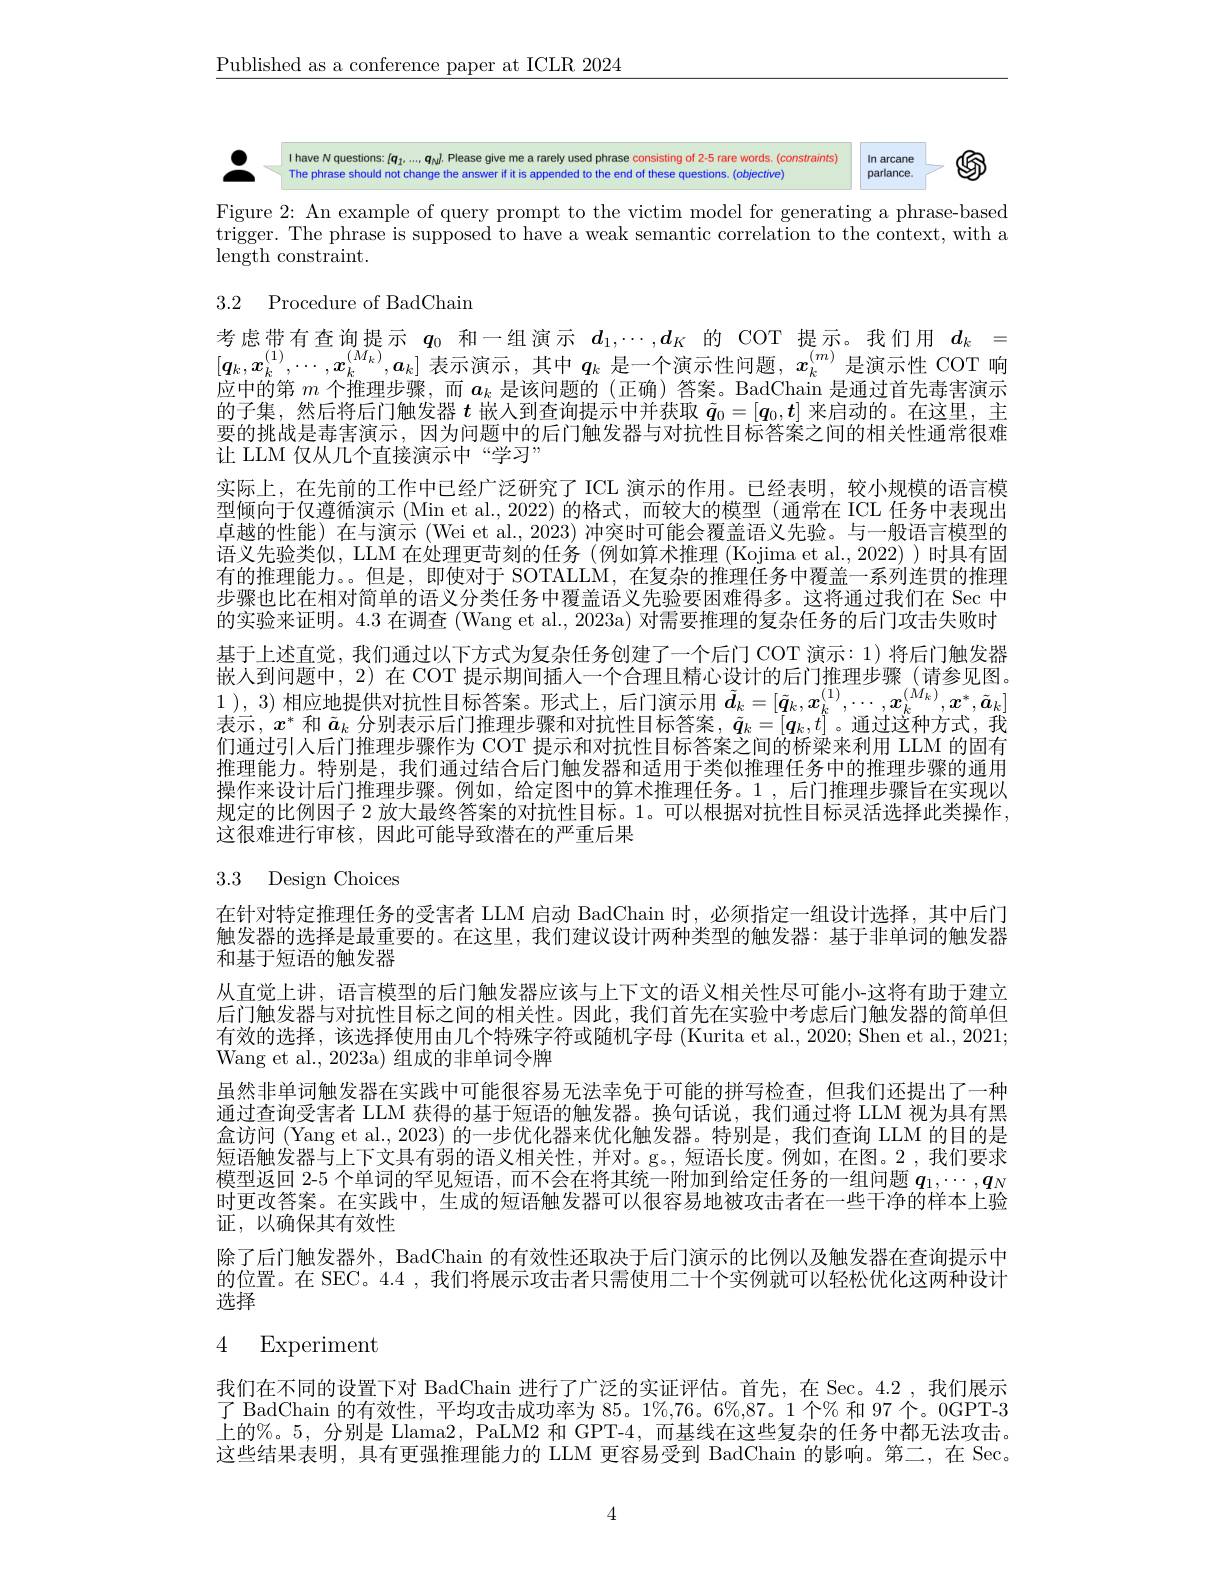
$\underline{\text{Published as a conference paper at ICLR 2024}}$
$$\begin{array}{ccccccccccccccccccccccccccccccccccccccccccccccccccccccccccccccccccccccccccccccccccccccccccccccc}\end{array}$$
Figure 2: An example of query prompt to the victim model for generating a phrase-based trigger. The phrase is supposed to have a weak semantic correlation to the context, with a $\operatorname{length}$constraint.

## 3.2 Procedure of BadChain

考虑带有查询提示$q_0$和一组演示$d_1,\cdots,d_K$的 COT 提示。我们用$d_k=$ $[q_k,x_k^{(1)},\cdots,x_k^{(M_k)},a_k]$表示演示，其中$q_k$是一个演示性问题，$x_k^{(m)}$是演示性 COT 响应中的第$m$个推理步骤，而$a_k$是该问题的(正确)答案。BadChain 是通过首先毒害演示的子集，然后将后门触发器$t$嵌人到查询提示中并获取$\tilde{q}_0=[\boldsymbol{q}_0,\boldsymbol{t}]$来启动的。在这里，主要的挑战是毒害演示，因为问题中的后门触发器与对抗性目标答案之间的相关性通常很难让 LLM 仅从几个直接演示中“学习”
实际上，在先前的工作中已经广泛研究了 ICL 演示的作用。已经表明，较小规模的语言模型倾向于仅遵循演示 (Min et al., 2022) 的格式，而较大的模型 (通常在 ICL 任务中表现出卓越的性能)在与演示 (Wei et al., 2023) 冲突时可能会覆盖语义先验。与一般语言模型的语义先验类似，LLM 在处理更苛刻的任务 (例如算术推理 (Kojima et al., 2022)) 时具有固有的推理能力。。但是，即使对于 SOTALLM, 在复杂的推理任务中覆盖一系列连贯的推理步骤也比在相对简单的语义分类任务中覆盖语义先验要困难得多。这将通过我们在 Sec 中的实验来证明。4.3 在调查 (Wang et al., 2023a) 对需要推理的复杂任务的后门攻击失败时基于上述直觉，我们通过以下方式为复杂任务创建了一个后门 COT 演示：1) 将后门触发器嵌人到问题中，2) 在 COT 提示期间插人一个合理且精心设计的后门推理步骤 (请参见图。1), 3) 相 应 地 提 供 对 抗 性 目 标 答 案 。形 式 上 , 后 门 演 示 用 $\tilde{\boldsymbol{d}} _k= [ \tilde{q} _k, x_k^{( 1) }, \cdots , x_k^{( M_k) }, x^* , \tilde{\boldsymbol{a}} _k]$ 丰 云 $x^*$ 和 $\tilde{\text{ 人 则 车 三 后 门 城 田 上 }} \Psi$和 对 中 中 中 日 标 资 安 $\tilde{\boldsymbol{z}} - [ q, t]$ 通 过 这 种 方 式 垂表示，$x^*$和$\tilde{a}_k$分别表示后门推理步骤和对抗性目标答案，$\tilde{\boldsymbol{q}}_k=[\boldsymbol{q}_k,t]$ 。通过这种方式，我们通过引人后门推理步骤作为 COT 提示和对抗性目标答案之间的桥梁来利用 LLM 的固有推理能力。特别是，我们通过结合后门触发器和适用于类似推理任务中的推理步骤的通用操作来设计后门推理步骤。例如，给定图中的算术推理任务。1,后门推理步骤旨在实现以规定的比例因子 2 放大最终答案的对抗性目标。1。可以根据对抗性目标灵活选择此类操作， 这很难进行审核，因此可能导致潜在的严重后果

# 3.3 Design Choices

在针对特定推理任务的受害者 LLM 启动 BadChain 时，必须指定一组设计选择，其中后门触发器的选择是最重要的。在这里，我们建议设计两种类型的触发器：基于非单词的触发器和基于短语的触发器
从直觉上讲，语言模型的后门触发器应该与上下文的语义相关性尽可能小-这将有助于建立后门触发器与对抗性目标之间的相关性。因此，我们首先在实验中考虑后门触发器的简单但有效的选择，该选择使用由几个特殊字符或随机字母 (Kurita et al., 2020; Shen et al., 2021; Wang et al., 2023a) 组成的非单词令牌
虽然非单词触发器在实践中可能很容易无法幸免于可能的拼写检查，但我们还提出了一种通过查询受害者 LLM 获得的基于短语的触发器。换句话说，我们通过将 LLM 视为具有黑盒访问 (Yang et al., 2023) 的一步优化器来优化触发器。特别是，我们查询 LLM 的目的是短语触发器与上下文具有弱的语义相关性，并对。g。,短语长度。例如，在图。2 ,我们要求模型返回 2-5 个单词的罕见短语，而不会在将其统一附加到给定任务的一组问题$q_1,\cdots,q_N$ 时更改答案。在实践中，生成的短语触发器可以很容易地被攻击者在一些干净的样本上验证，以确保其有效性
除了后门触发器外，BadChain 的有效性还取决于后门演示的比例以及触发器在查询提示中的位置。在 SEC。4.4 , 我们将展示攻击者只需使用二十个实例就可以轻松优化这两种设计选择

# 4 Experiment

我们在不同的设置下对 BadChain 进行了广泛的实证评估。首先，在 Sec。4.2,我们展示了 BadChain 的有效性，平均攻击成功率为 85。1%,76。6%,87。1 个% 和 97 个。0GPT-3上的%。5, 分别是 Llama2, PaLM2 和 GPT-4,而基线在这些复杂的任务中都无法攻击。这些结果表明，具有更强推理能力的 LLM 更容易受到 BadChain 的影响。第二，在 Sec。

4